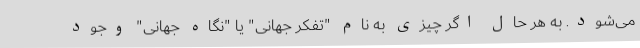
می‌شود. به هر حال اگر چیزی به نام "تفکر جهانی" یا "نگاه جهانی" وجود